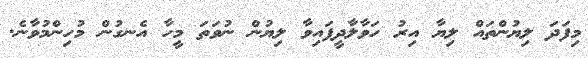
މިފަދަ ލިޔުންތައް ލިޔާ އިރު ހަވާލާދީފައިވާ ލިޔުން ނުވަތަ މީހާ އެނގުން މުހިންމުވާނެ.